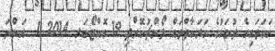
ހަކަތައިގެ ދުވަހުގެ ހަރަކާތްތައް ލޯންޗުކޮށްފި 19 އޮކްޓޯބަރ 2014 1  އަންނަ